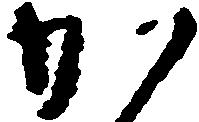
か